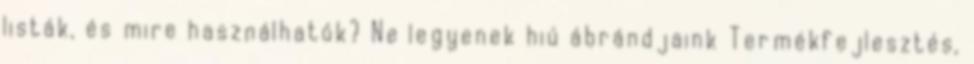
listák, és mire használhatók? Ne legyenek hiú ábrándjaink Termékfejlesztés,